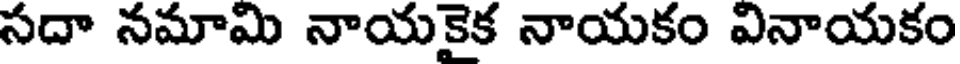
సదా నమామి నాయకైక నాయకం వినాయకం